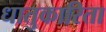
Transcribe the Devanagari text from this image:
धातुकारिता